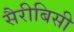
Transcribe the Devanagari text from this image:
सैरीबिसी